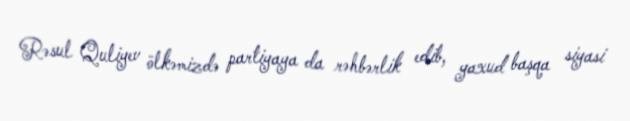
Rəsul Quliyev ölkəmizdə partiyaya da rəhbərlik edib, yaxud başqa siyasi